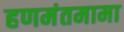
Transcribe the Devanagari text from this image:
हणमंतमामा